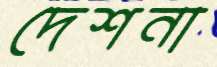
দেশনা